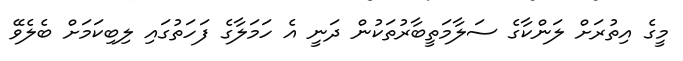
މީގެ އިތުރަށް ލަންކާގެ ސަލާމަތީބާރުތަކުން ދަނީ އެ ހަމަލާގެ ފަހަތުގައި ލިބިކަމަށް ބެލެވޭ